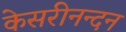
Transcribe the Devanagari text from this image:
केसरीनन्दन